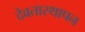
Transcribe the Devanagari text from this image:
देवतास्थापन